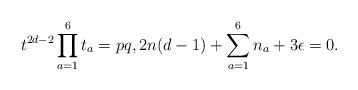
LaTeX: \begin{align*}t^{2d-2}\prod_{a=1}^6t_a=pq, 2n (d-1)+\sum_{a=1}^6n_a+3\epsilon=0.\end{align*}